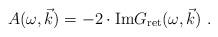
LaTeX: \begin{align*}A(\omega ,\vec{k} ) = -2 \cdot \mathrm{Im} G_{\mathrm{ret}} (\omega ,\vec{k}) \ . \end{align*}